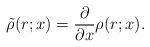
LaTeX: \begin{align*}\tilde \rho(r;x)= \frac{\partial}{\partial x} \rho(r;x).\end{align*}